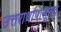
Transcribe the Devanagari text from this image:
उत्तरार्धापासूनचे